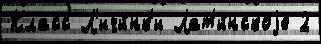
Класс Л'ичи́нк'и Лат'и́нскоjе 2